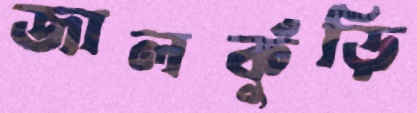
জালকুঁড়ি